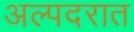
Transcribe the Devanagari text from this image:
अल्पदरात